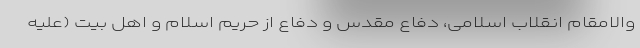
والامقام انقلاب اسلامی، دفاع مقدس و دفاع از حریم اسلام و اهل بیت (علیه